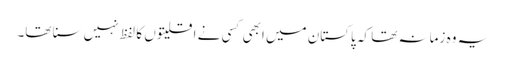
یہ وہ زمانہ تھا کہ پاکستان میں ابھی کسی نے اقلیتوں کا لفظ نہیں سنا تھا۔